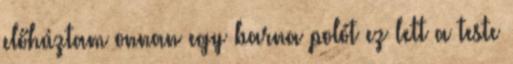
előhúztam onnan egy barna polót ez lett a teste